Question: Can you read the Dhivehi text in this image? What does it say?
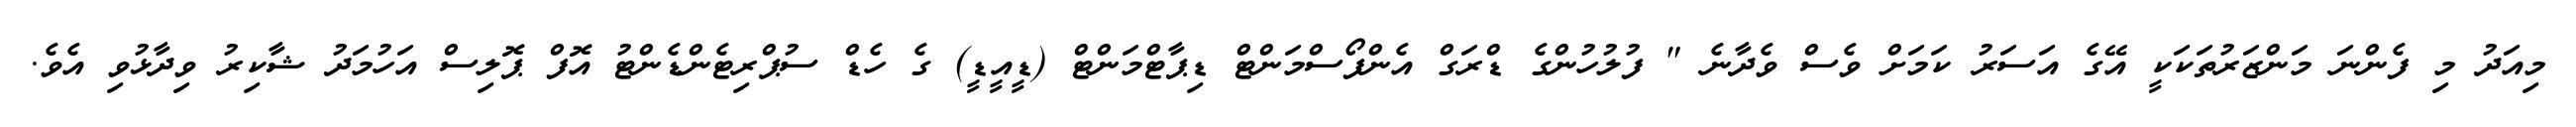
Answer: މިއަދު މި ފެންނަ މަންޒަރުތަކަކީ އޭގެ އަސަރު ކަމަށް ވެސް ވެދާނެ " ފުލުހުންގެ ޑްރަގް އެންފޯސްމަންޓް ޑިޕާޓްމަންޓް (ޑީއީޑީ) ގެ ހެޑް ސުޕްރިޓެންޑެންޓު އޮފް ޕޮލިސް އަހުމަދު ޝާކިރު ވިދާޅުވި އެވެ.